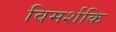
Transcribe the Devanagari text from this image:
विमर्शकि